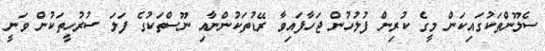
ސެލޫންތަކުގައިކަން މީގެ ކުރިން ފުލުހުން ޖަހާފައިވާ ރޭޑުތަކުންނާއި ނޫސްތަކުގެ ފަލަ ސުރުހީތަކުން ވަނީ